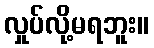
လှုပ်လို့မရဘူး။